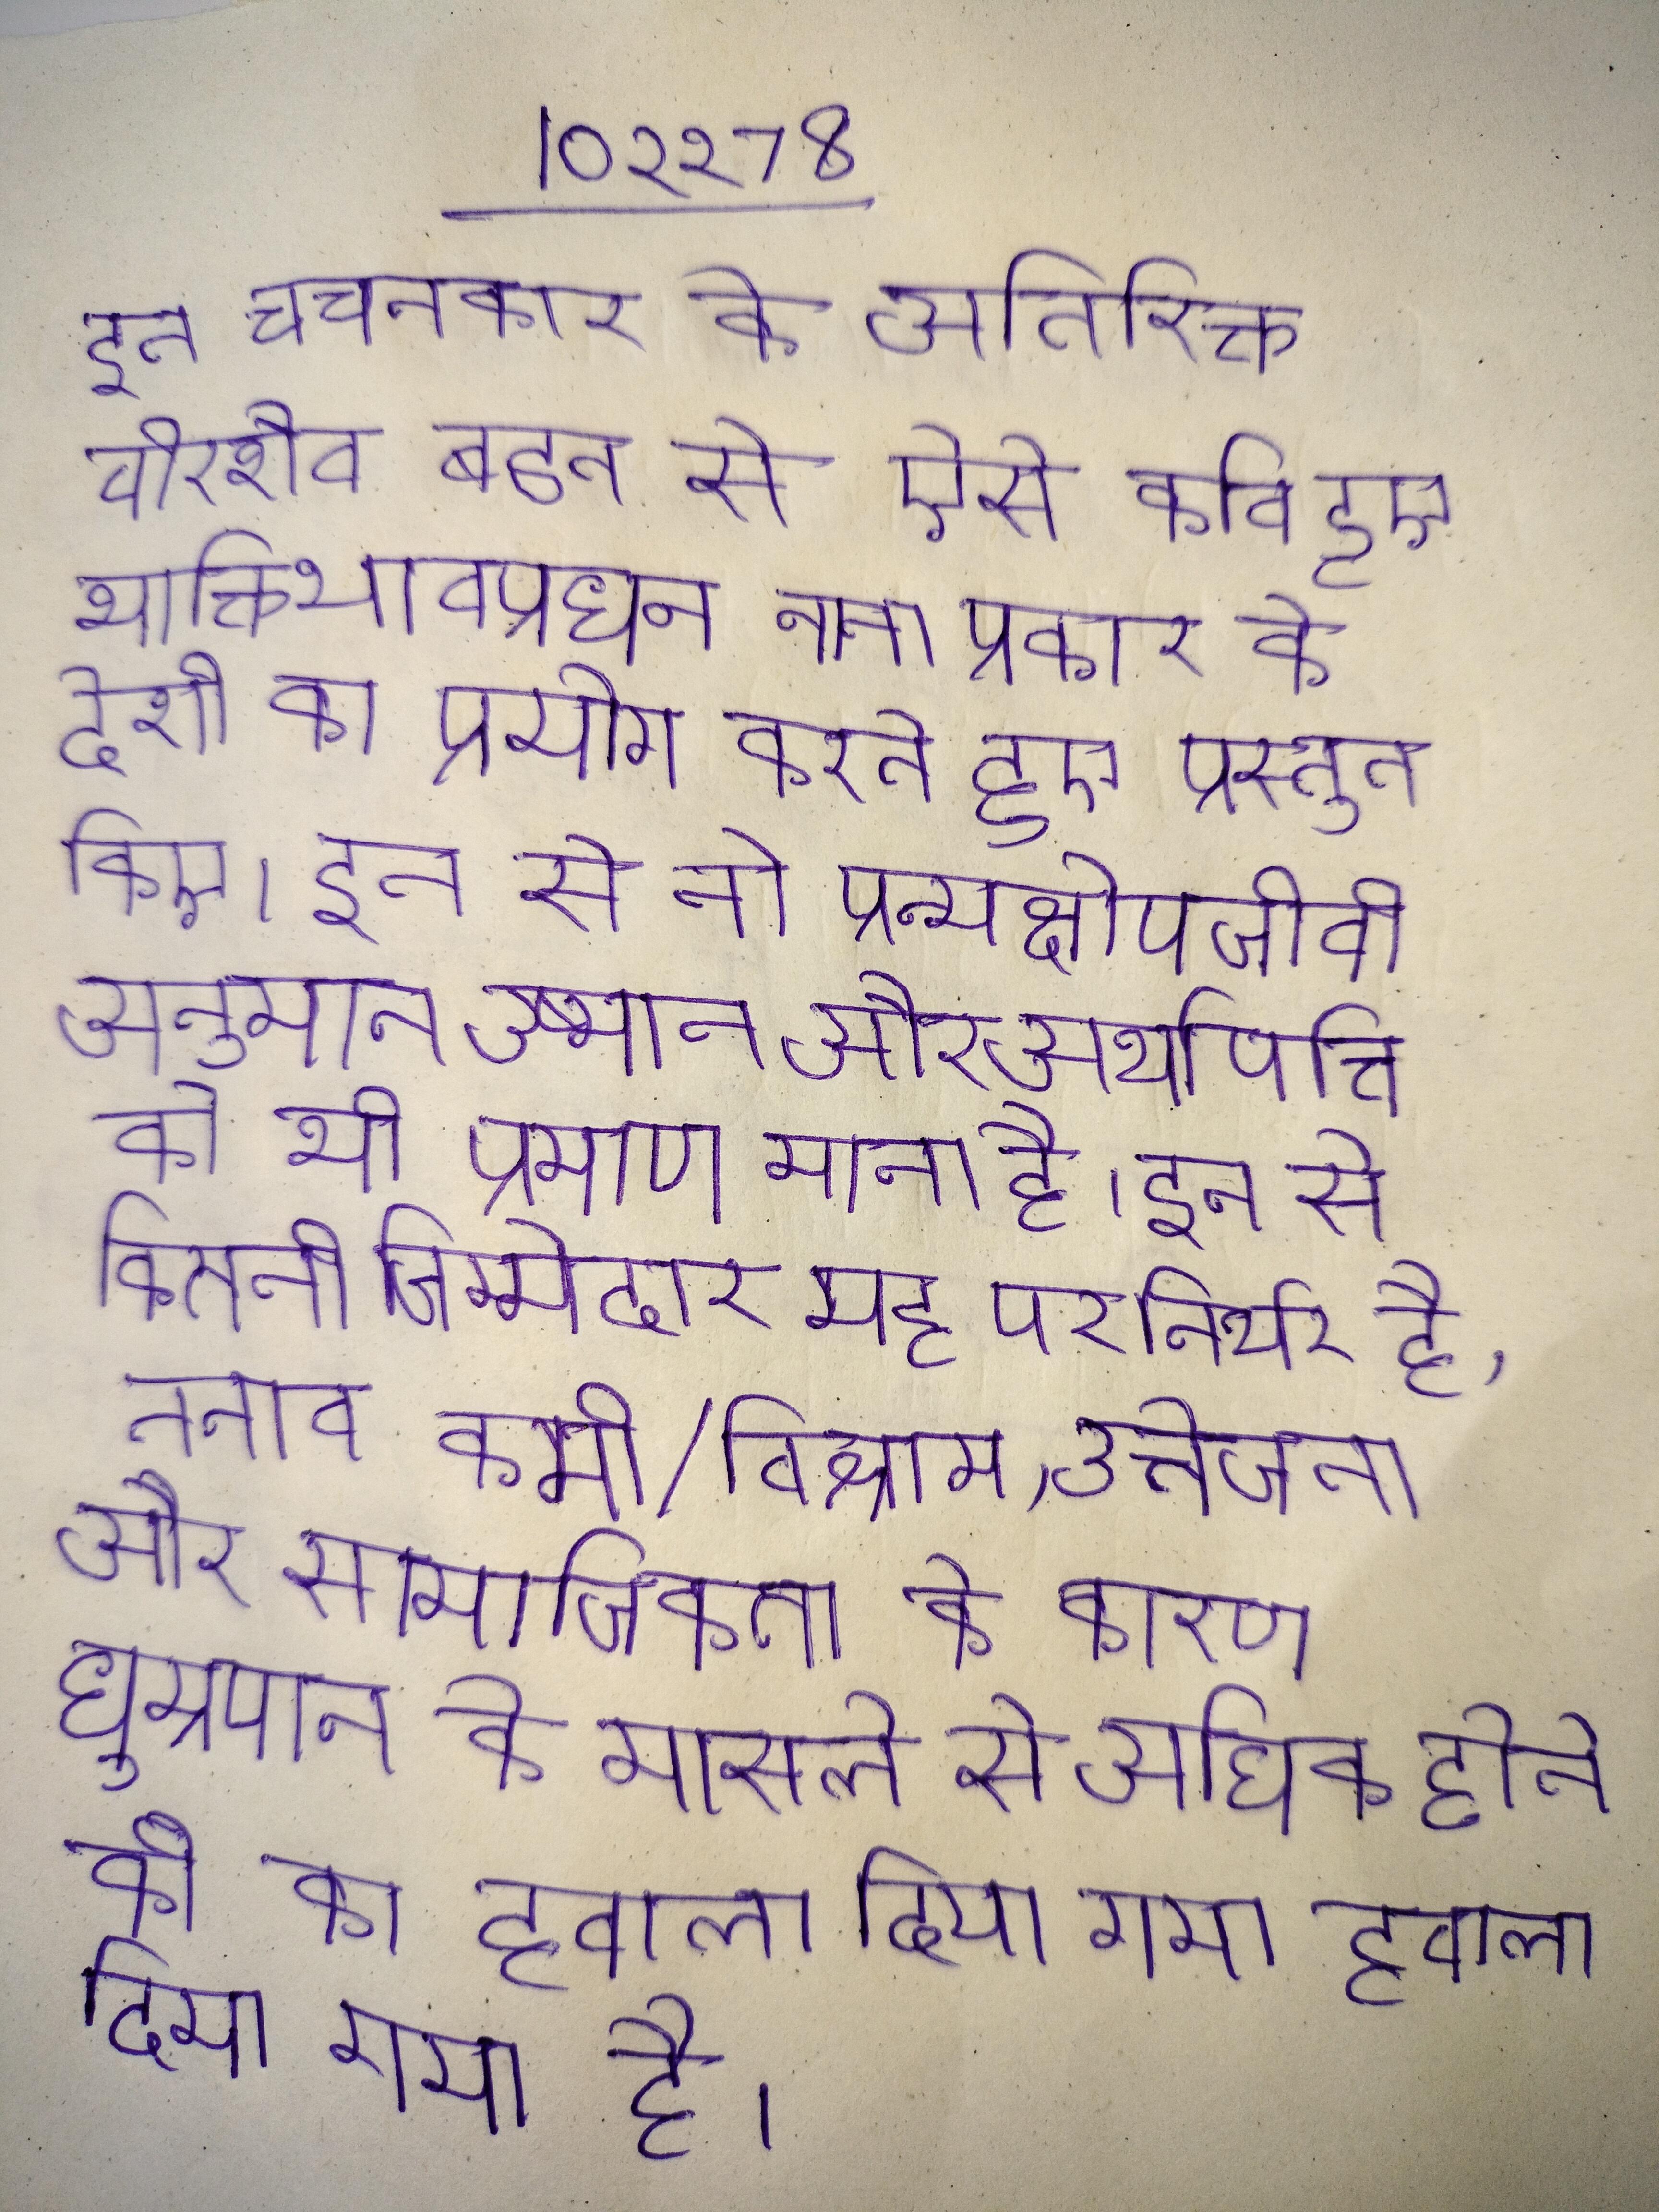
इन वचनकार के अतिरिक्त वीरशैव बहुत से ऐसे कवि हुए भक्तिभावप्रधान नाना प्रकार के देशी का प्रयोग करते हुए प्रस्तुत किए । इन से ने प्रत्यक्षोपजीवी अनुमान उष्मान और अर्थापत्ति को भी प्रमाण माना है । इन से कितनी जिम्मेदार यह पर निर्भर है, तनाव कमी/विश्राम, उत्तेजना और सामाजिकता के कारण धूम्रपान के मामले से अधिक होने की का हवाला दिया गया है ।